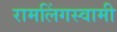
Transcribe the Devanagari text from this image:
रामलिंगस्वामी